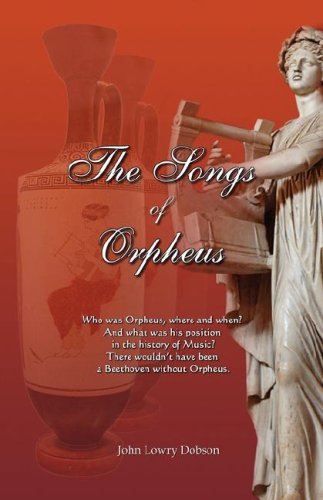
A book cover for The Songs of Orpheus; John Lowry Dobson; Religion & Spirituality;